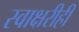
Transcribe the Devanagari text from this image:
स्वाक्षरीही